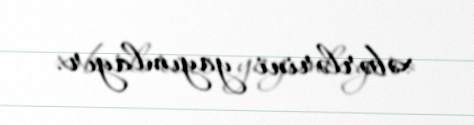
xəbərlərini yayımlayır.